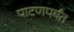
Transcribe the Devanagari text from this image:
पाटणपर्यंत